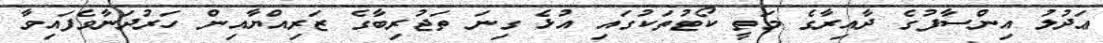
ޢަދުލު އިންސާފުގެ ދާއިރާގެ މަތީ ކޯޓުތަކުގައި އުޅެ ގިނަ ތަޖުރިބާގެ ޒަރިއްޔާއިން ހަރުދަނާވެފައިވާ